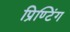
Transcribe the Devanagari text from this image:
प्रिण्टिंग